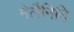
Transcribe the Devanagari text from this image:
मेलैनिनि